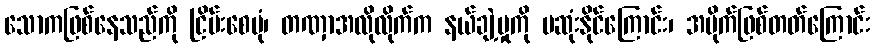
သောကဖြစ်နေသည်ကို ငြိမ်းစေပုံ၊ တဏှာအလိုလိုက်က နယ်ချဲ့မှုကို မဆုံးနိုင်ကြောင်း၊ အမိုက်ဖြစ်တတ်ကြောင်း